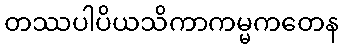
တဿပါပိယသိကာကမ္မကတေန